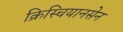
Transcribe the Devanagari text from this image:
क्रिस्चियानसेन